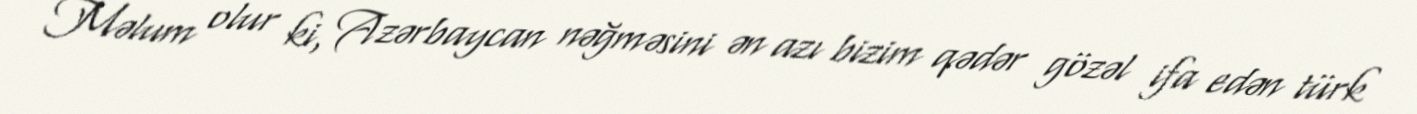
Məlum olur ki, Azərbaycan nəğməsini ən azı bizim qədər gözəl ifa edən türk